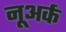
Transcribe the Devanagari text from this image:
नूअर्क